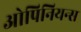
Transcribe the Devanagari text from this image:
ओपिनियन्स